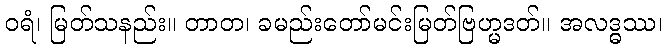
ဝရံ၊ မြတ်သနည်း။ တာတ၊ ခမည်းတော်မင်းမြတ်ဗြဟ္မဒတ်။ အလဒ္ဓဿ၊